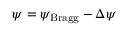
\psi = \psi _ { \mathrm { B r a g g } } - \Delta \psi